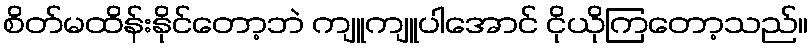
စိတ်မထိန်းနိုင်တော့ဘဲ ကျူကျူပါအောင် ငိုယိုကြတော့သည်။